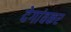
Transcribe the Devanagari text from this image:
देगांवकर